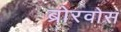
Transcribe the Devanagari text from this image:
ब्रोरवोस